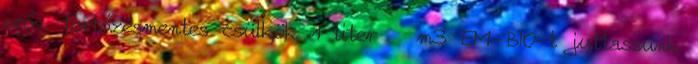
erős, fertőzésmentes csülkök 1 liter m3 EM-BIO-t juttassunk